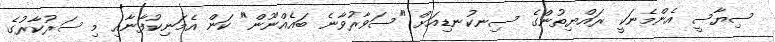
ސިޔާސީ އެންމެނަކީ ރައްޔިތުންގެ ސިނކުނޑިއަށް "ސަވާރުވާނެ ބައެއްނޫން" ކަން އެމަނިކުފާނާއި މި ސަރުކާރުގެ